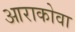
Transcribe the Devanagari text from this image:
आराकोवा